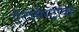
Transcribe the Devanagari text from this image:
ऐंटोमेस्ट्राका